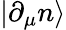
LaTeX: |\partial_{\mu}n\rangle